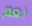
نعم